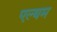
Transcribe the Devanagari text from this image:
एल्थम